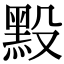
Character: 𪐮